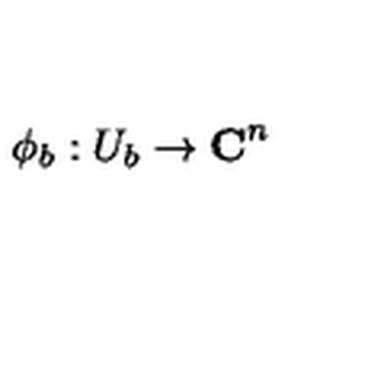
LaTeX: \phi _ { b } : U _ { b } \rightarrow { \bf C } ^ { n }